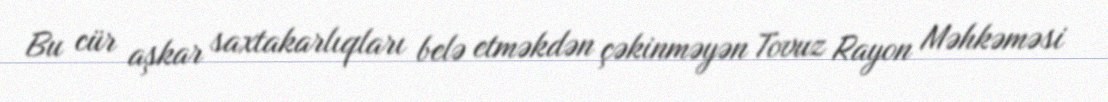
Bu cür aşkar saxtakarlıqları belə etməkdən çəkinməyən Tovuz Rayon Məhkəməsi